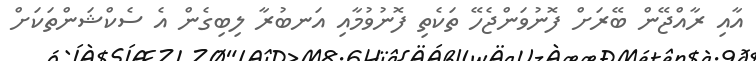
އާއި ރާއްޖޭން ބޭރަށް ފޮނުވަންޖެހޭ ތަކެތި ފޮނުވުމާއި އަނބުރާ ލިބިގެން އެ ސެކްޝަންތަކަށް